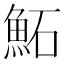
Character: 鮖